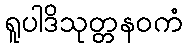
ရူပါဒိသုတ္တနဝကံ